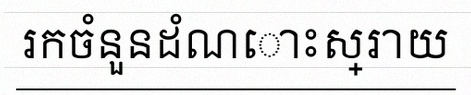
រកចំនួនដំណោះស្រាយ